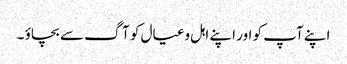
اپنے آپ کو اور اپنے اہل وعیال کو آگ سے بچاؤ ۔